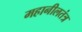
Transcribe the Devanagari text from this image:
महानीलतंत्र